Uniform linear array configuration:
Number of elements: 8
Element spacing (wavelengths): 0.75
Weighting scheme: uniform
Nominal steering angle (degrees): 45
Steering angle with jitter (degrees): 44.288
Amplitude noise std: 0.05
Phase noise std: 0.05

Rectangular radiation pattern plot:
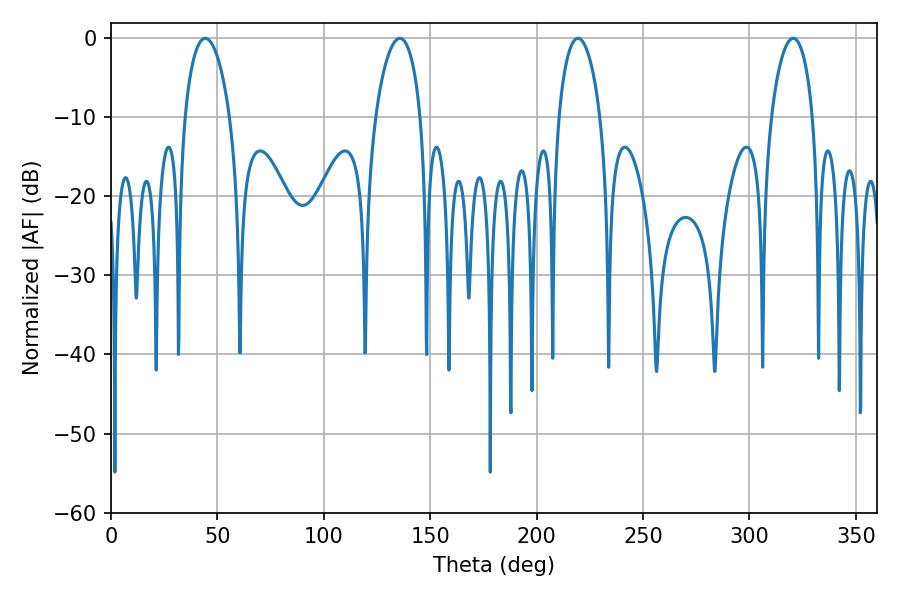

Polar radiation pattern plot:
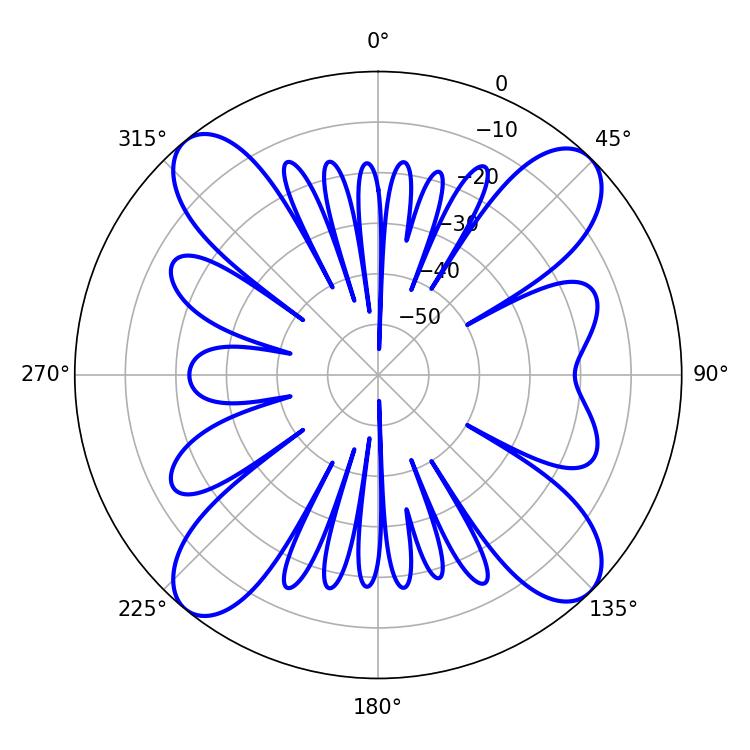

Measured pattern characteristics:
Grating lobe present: TRUE
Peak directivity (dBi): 15.531
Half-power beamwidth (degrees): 12.06
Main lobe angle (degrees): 44.28